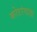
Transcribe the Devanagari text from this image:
कोटरंगाडा